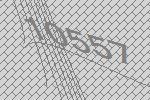
10557